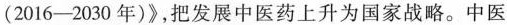
(2016-2030年)》，把发展中医药上升为国家战略。中医